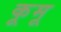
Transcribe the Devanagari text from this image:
कूमू